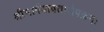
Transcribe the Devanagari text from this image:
श्रीभार्गवावतारोपक्रमः